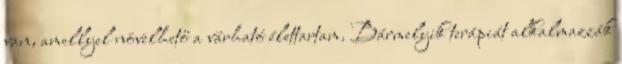
van, amellyel növelhető a várható élettartam. Bármelyik terápiát alkalmazzák